Leaving Certificate Examination (including Day School Certificate (Higher) General paper), 1928
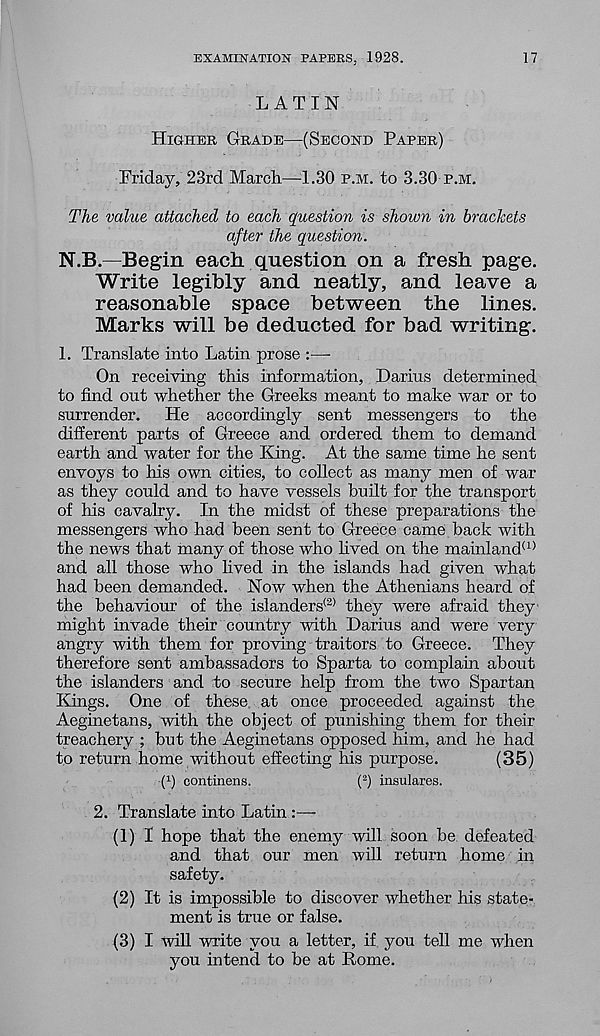
EXAMINATION PAPERS. 1928.
17
LATIN
HIGHER GRADE—(SECOND PAPER)
Friday, 23rd March—1.30 P.M. to 3.30 P.M.
The value attached to each question is shown in brackets
after the question.
N.B.—Begin each question on a fresh page.
Write legibly and neatly, and leave a
reasonable space between the lines.
Marks will be deducted for bad writing.
1. Translate into Latin prose :—-
On receiving this information, Darius determined
to find out whether the Greeks meant to make war or to
surrender. He accordingly sent messengers to the
different parts of Greece and ordered them to demand
earth and water for the King. At the same time he sent
envoys to his own cities, to collect as many men of war
as they could and to have vessels built for the transport
of his cavalry. In the midst of these preparations the
messengers who had been sent to Greece came back with
the news that many of those who lived on the mainland (1)
and all those who lived in the islands had given what
had been demanded. Now when the Athenians heard of
the behaviour of the islanders (2) they were afraid they
might invade their country with Darius and were very
angry with them for proving traitors to Greece. They
therefore sent ambassadors to Sparta to complain about
the islanders and to secure help from the two Spartan
Bangs. One of these at once proceeded against the
Aeginetans, with the object of punishing them for their
treachery ; but the Aeginetans opposed him, and he had
to return home without effecting his purpose.
(35)
f 1 ) continens.
( 2 ) insulares.
2. Translate into Latin
(1) I hope that the enemy will soon be defeated
and that our men will return home in
safety.
(2) It is impossible to discover whether his state-
ment is true or false.
(3) I will write you a letter, if you tell me when
you intend to be at Rome.